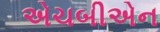
એચબીએન